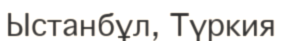
Ыстанбұл, Түркия